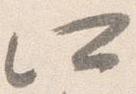
所